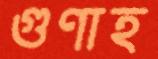
গুণাহ